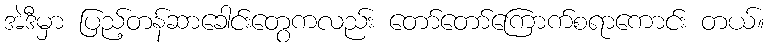
အဲဒီမှာ ပြည့်တန်ဆာခေါင်းတွေကလည်း တော်တော်ကြောက်စရာကောင်း တယ်။